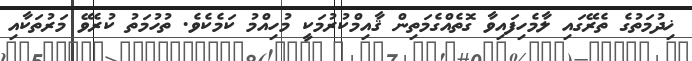
ޚިދުމަތުގެ ތެރޭގައި ލާމެހިފައިވާ ގޮތެއްގެމަތިން ޤާއިމްކުރުމަކީ މުހިއްމު ކަމެކެވެ. ތުހުމަތު ކުރެވޭ މަރުތަކާއި